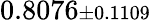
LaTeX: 0.8076{\scriptstyle\pm 0.1109}